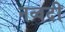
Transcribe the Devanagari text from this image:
नव्वदी